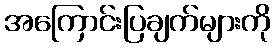
အကြောင်းပြချက်များကို